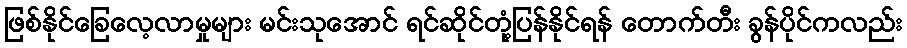
ဖြစ်နိုင်ခြေလေ့လာမှုများ မင်းသုအောင် ရင်ဆိုင်တုံ့ပြန်နိုင်ရန် တောက်တီး ခွန်ပိုင်ကလည်း